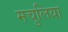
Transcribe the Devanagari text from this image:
मचुलिया